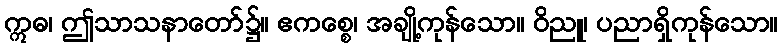
ဣဓ၊ ဤသာသနာတော်၌။ ဧကစ္စေ၊ အချို့ကုန်သော။ ဝိညူ၊ ပညာရှိကုန်သော။